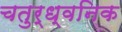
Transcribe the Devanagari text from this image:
चतुर्ध्वनिक